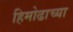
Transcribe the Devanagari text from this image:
हिमोढाच्या